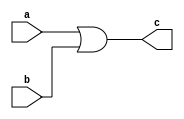
module orGate (
input a,
input b,
output c
);

assign c = a|b;
endmodule